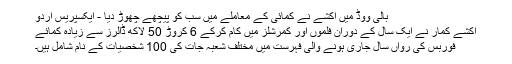
بالی ووڈ میں اکشے نے کمائی کے معاملے میں سب کو پیچھے چھوڑ دیا - ایکسپریس اردو
اکشے کمار نے ایک سال کے دوران فلموں اور کمرشلز میں کام کرکے 6 کروڑ 50 لاکھ ڈالرز سے زیادہ کمائے
فوربس کی رواں سال جاری ہونے والی فہرست میں مختلف شعبہ جات کی 100 شخصیات کے نام شامل ہیں۔